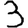
Digit: 3